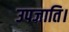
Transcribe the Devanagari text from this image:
उपजाति।